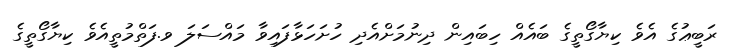
ރަބީޢުގެ އެވެ ކިޔާގޯތީގެ ބައެއް ހިބައިން ދިނުމަށްއެދި ހުށަހަޅާފައިވާ މައްސަލަ ވ.ފަތްމުތީއެވެ ކިޔާގޯތީގެ